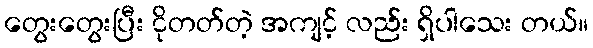
တွေးတွေးပြီး ငိုတတ်တဲ့ အကျင့် လည်း ရှိပါသေး တယ်။